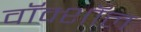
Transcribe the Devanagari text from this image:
वॉक्शॉल